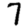
Digit: 7